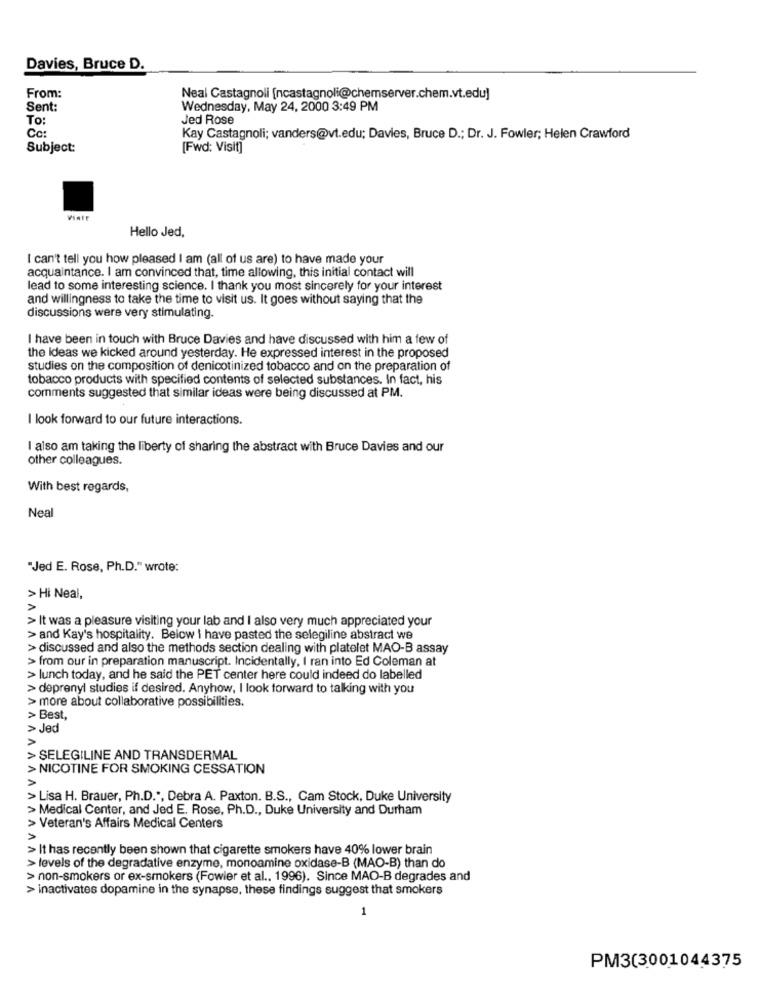
Davies, Bruce D.
From:
Neal Castagnoli [ncastagnoli@chemserver.chem.vt.edu]
Sent:
Wednesday, May 24, 2000 3:49 PM
To:
Jed Rose
Cc:
Kay Castagnoli; vanders@vt.edu; Davies, Bruce D .; Dr. J. Fowler; Helen Crawford
Subject:
[Fwd: Visit]
Vinte
Hello Jed,
I can't tell you how pleased I am (all of us are) to have made your
acquaintance. I am convinced that, time allowing, this initial contact will
lead to some interesting science. I thank you most sincerely for your interest
and willingness to take the time to visit us. It goes without saying that the
discussions were very stimulating.
I have been in touch with Bruce Davies and have discussed with him a few of
the ideas we kicked around yesterday. He expressed interest in the proposed
studies on the composition of denicotinized tobacco and on the preparation of
tobacco products with specified contents of selected substances. In fact, his
comments suggested that similar ideas were being discussed at PM.
I look forward to our future interactions.
I also am taking the liberty of sharing the abstract with Bruce Davies and our
other colleagues.
With best regards,
Neal
"Jed E. Rose, Ph.D." wrote:
> Hi Neal,
> It was a pleasure visiting your lab and I also very much appreciated your
> and Kay's hospitality. Below I have pasted the selegiline abstract we
> discussed and also the methods section dealing with platelet MAO-B assay
> from our in preparation manuscript. Incidentally, I ran into Ed Coleman at
> lunch today, and he said the PET center here could indeed do labelled
> deprenyl studies if desired. Anyhow, I look forward to talking with you
> more about collaborative possibilities.
> Best,
> Jed
> SELEGILINE AND TRANSDERMAL
> NICOTINE FOR SMOKING CESSATION
> Lisa H. Brauer, Ph.D.", Debra A. Paxton. B.S ., Cam Stock, Duke University
> Medical Center, and Jed E. Rose, Ph.D ., Duke University and Durham
> Veteran's Affairs Medical Centers
> It has recently been shown that cigarette smokers have 40% lower brain
> levels of the degradative enzyme, monoamine oxidase-B (MAO-B) than do
> non-smokers or ex-smokers (Fowler et al ., 1996). Since MAO-B degrades and
> inactivates dopamine in the synapse, these findings suggest that smokers
1
PM3(3001044375